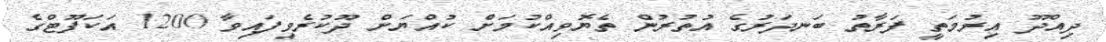
ދިއްދޫ އިރުމަތީ ފަރާތު ބަނދަރުގެ އުތުރުން ތެޔޮވިއްކުމަށް ކުއްޔަށް ދޫކުރެވިފައިވާ 1200 އަކަފޫޓްގެ